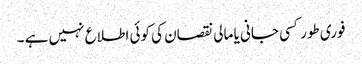
فوری طور کسی جانی یا مالی نقصان کی کوئی اطلاع نہیں ہے ۔